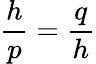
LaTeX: {\frac{h}{p}}={\frac{q}{h}}